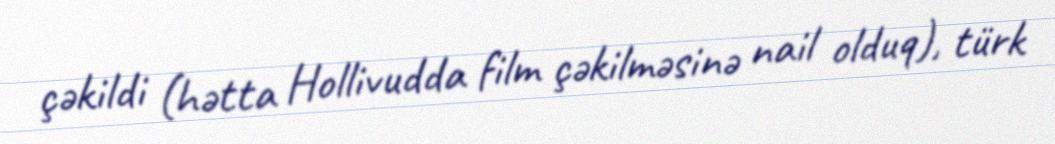
çəkildi (hətta Hollivudda film çəkilməsinə nail olduq), türk